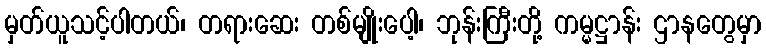
မှတ်ယူသင့်ပါတယ်၊ တရားဆေး တစ်မျိုးပေါ့၊ ဘုန်းကြီးတို့ ကမ္မဋ္ဌာန်း ဌာနတွေမှာ